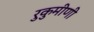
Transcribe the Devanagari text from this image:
रुकुमीणी